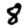
Digit: 8